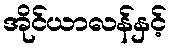
အိုင်ယာလန်နှင့်